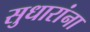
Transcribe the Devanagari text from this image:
सुधारांना